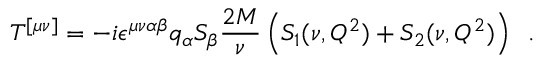
T ^ { [ \mu \nu ] } = - i \epsilon ^ { \mu \nu \alpha \beta } q _ { \alpha } S _ { \beta } { \frac { 2 M } { \nu } } \left( S _ { 1 } ( \nu , Q ^ { 2 } ) + S _ { 2 } ( \nu , Q ^ { 2 } ) \right) \; \; .